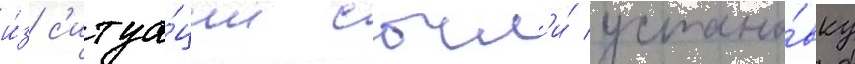
и́з с'итуа́ции сочл'и́ устано́вку